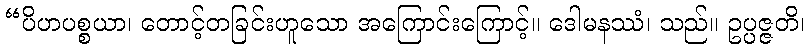
“ပိဟပစ္စယာ၊ တောင့်တခြင်းဟူသော အကြောင်းကြောင့်။ ဒေါမနဿံ၊ သည်။ ဥပ္ပဇ္ဇတိ၊